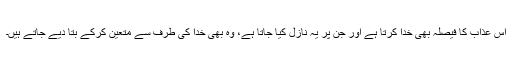
اِس عذاب کا فیصلہ بھی خدا کرتا ہے اور جن پر یہ نازل کیا جاتا ہے، وہ بھی خدا کی طرف سے متعین کرکے بتا دیے جاتے ہیں۔